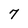
Character: 7